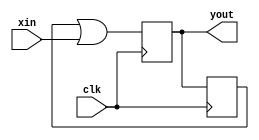
/*
 author  :       Wenky Jong
 Date    :       2021.05.16
 Address :       MianYang SWSUT
 Revision:       1st
 Description:    according to the schematic write the verilog program
 Contact:        wenkyjong1996@gmail.com
 */
module problem1 (
input   wire    clk,
input   wire    xin,
output  wire   yout
  );

reg DFF1=0;
reg DFF2=0;

always @ (posedge clk) begin
  DFF1<=DFF2;
end

wire    temp1=DFF1|xin;

always @ (posedge clk) begin
  DFF2<=temp1;
end

assign yout=DFF2;

endmodule // problem